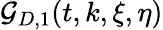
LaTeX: \mathcal{G}_{D,1}(t,k,\xi,\eta)